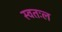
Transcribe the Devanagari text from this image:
स्वतःल